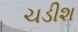
ચડીશ